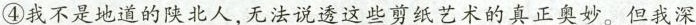
④我是地道的陕北人。无法说透这些剪纸艺术的真正奥妙。但我深